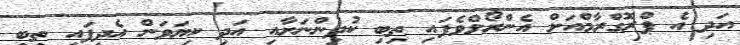
އަދި އެ ޕްރޮގްރާމްއަށް އެންރޯލްވެފައި ތިބި ކުދިންނަށާއި އަދި ކިޔަވަން އެދިފައި ތިބި